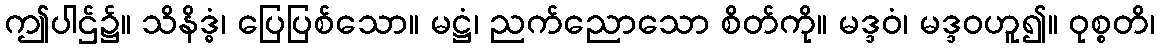
ဤပါဌ်၌။ သိနိဒ္ဓံ၊ ပြေပြစ်သော။ မဋ္ဌံ၊ ညက်ညောသော စိတ်ကို။ မဒ္ဒဝံ၊ မဒ္ဒဝဟူ၍။ ဝုစ္စတိ၊